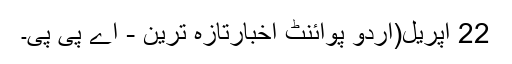
22 اپریل(اُردو پوائنٹ اخبارتازہ ترین - اے پی پی۔